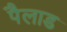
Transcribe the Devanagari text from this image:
पैलाड